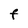
Character: F